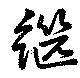
継